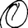
Digit: 0